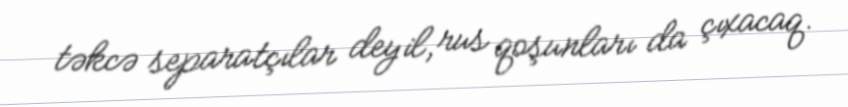
təkcə separatçılar deyil, rus qoşunları da çıxacaq.